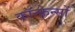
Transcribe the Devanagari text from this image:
कॉन्फ़्रेन्सों